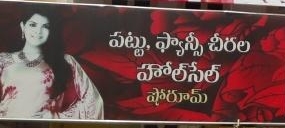
Language: telugu
Transcription: హోలేసేల్ పట్టు ఫ్యాన్సీ చీరల షోరూమ్